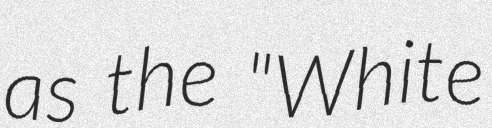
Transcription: as the "White